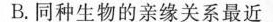
B. 同种生物的亲缘关系最近